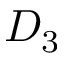
D _ { 3 }